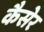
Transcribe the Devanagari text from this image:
कैसेर